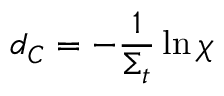
d _ { C } = - \frac { 1 } { \Sigma _ { t } } \ln \chi